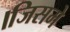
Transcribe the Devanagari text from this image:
।जिसमे